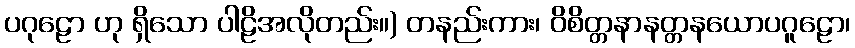
ပဂုဠော ဟု ရှိသော ပါဠိအလိုတည်း။) တနည်းကား၊ ဝိစိတ္တနာနတ္တနယောပဂူဠော၊